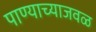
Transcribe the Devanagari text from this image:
पाण्याच्याजवळ